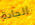
الجادة